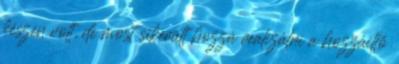
készen volt, de most sikerült hozzá realizálni a hozzáillő